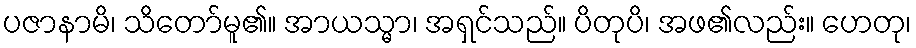
ပဇာနာမိ၊ သိတော်မူ၏။ အာယသ္မာ၊ အရှင်သည်။ ပိတုပိ၊ အဖ၏လည်း။ ဟေတု၊